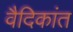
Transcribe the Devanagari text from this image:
वैदिकांत